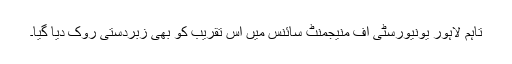
تاہم لاہور یونیورسٹی آف منیجمنٹ سائنس میں اس تقریب کو بھی زبردستی روک دیا گیا۔